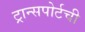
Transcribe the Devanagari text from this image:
ट्रान्सपोर्टची